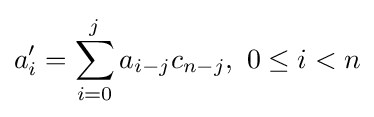
a'_{i}=\sum _{i=0}^{j}a_{i-j}c_{n-j},\ 0\leq i<n